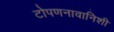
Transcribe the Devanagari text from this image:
टोपणनावानिशी